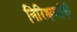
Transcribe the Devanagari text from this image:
निरिक्षणांनी